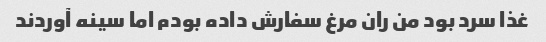
غذا سرد بود من ران مرغ سفارش داده بودم اما سینه آوردند